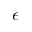
\epsilon